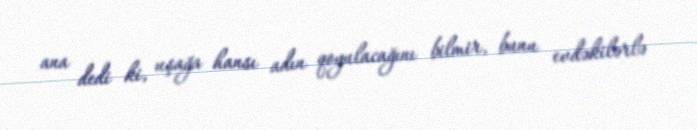
ana dedi ki, uşağa hansı adın qoyulacağını bilmir, bunu evdəkilərlə